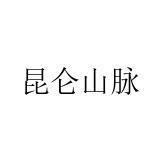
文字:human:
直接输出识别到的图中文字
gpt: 昆仑山脉